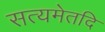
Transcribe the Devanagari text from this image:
सत्यमेतदि